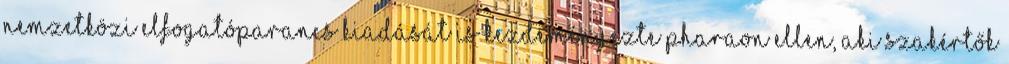
nemzetközi elfogatóparancs ki­adását is kezdeményezte Pharaon ellen, aki szakértők